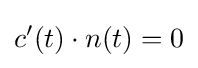
c'(t)\cdot n(t)=0